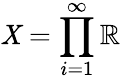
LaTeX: \mathit{X}=\prod_{i=1}^{\infty}\mathbb{{R}}